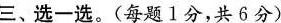
三、选一选。(每题1分，共6分)